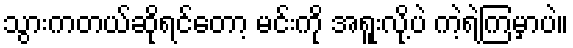
သွားကတယ်ဆိုရင်တော့ မင်းကို အရူးလို့ပဲ ကဲ့ရဲ့ကြမှာပဲ။